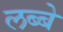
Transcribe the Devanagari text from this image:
लब्बे